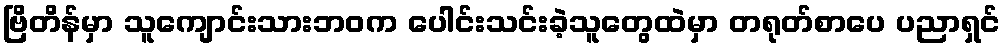
ဗြိတိန်မှာ သူကျောင်းသားဘဝက ပေါင်းသင်းခဲ့သူတွေထဲမှာ တရုတ်စာပေ ပညာရှင်